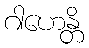
ဂါဟေန္တိ